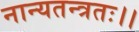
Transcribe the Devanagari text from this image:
नान्यतन्त्रतः।।